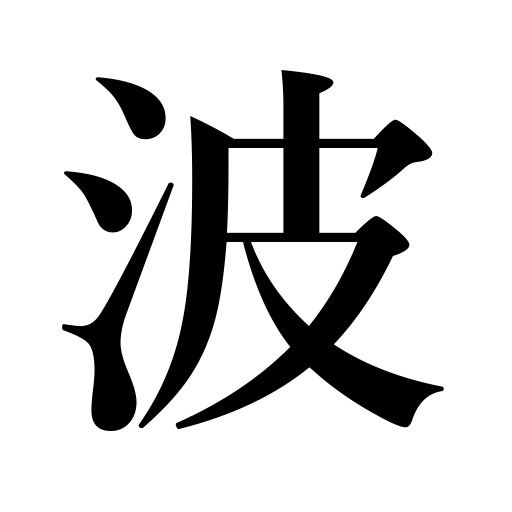
Meanings: billows,wave